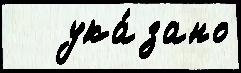
   ука́зано